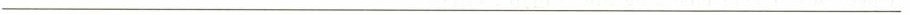
___